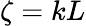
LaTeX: \zeta=kL